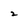
Character: 2